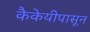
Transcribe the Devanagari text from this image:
कैकेयीपासून